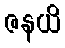
ဇနယိ